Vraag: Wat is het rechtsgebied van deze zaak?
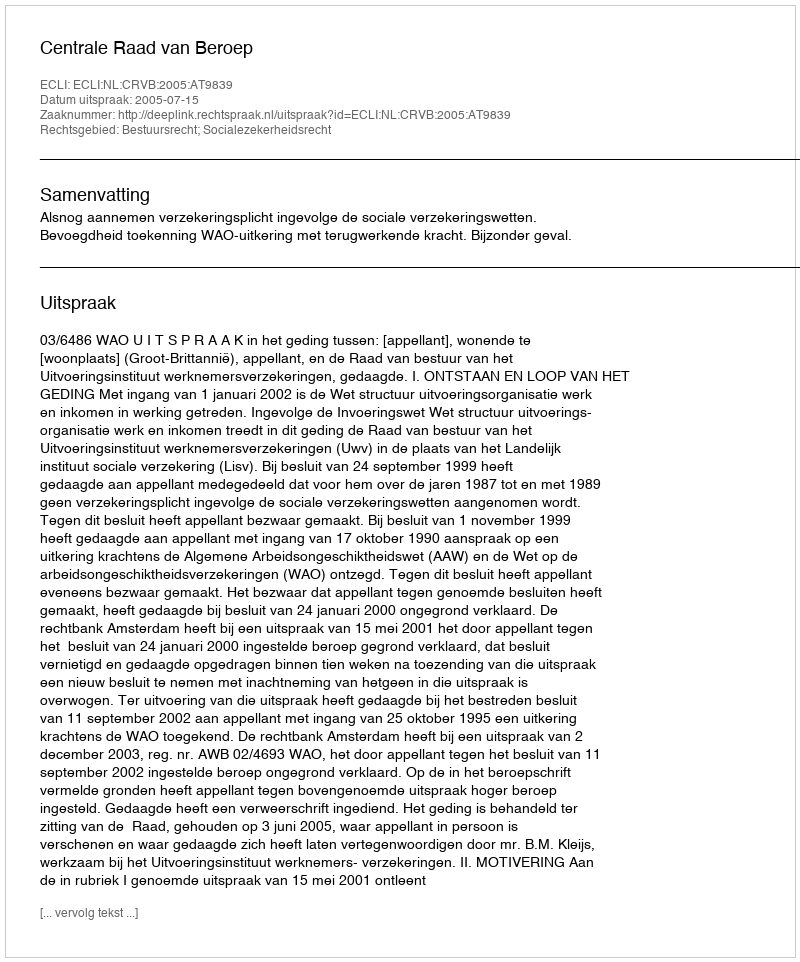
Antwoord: Bestuursrecht; Socialezekerheidsrecht